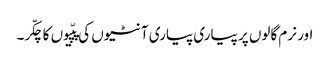
اور نرم گالوں پر پیاری پیاری آنٹیوں کی پپّیوں کا چکّر۔